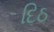
દિઠ